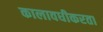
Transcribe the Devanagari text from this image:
कालावधीकरता